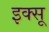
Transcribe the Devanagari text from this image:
इक्सू